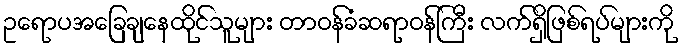
ဥရောပအခြေချနေထိုင်သူများ တာဝန်ခံဆရာဝန်ကြီး လက်ရှိဖြစ်ရပ်များကို